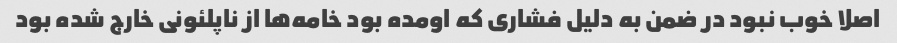
اصلا خوب نبود در ضمن به دلیل فشاری که اومده بود خامه‌ها از ناپلئونی خارج شده بود